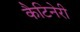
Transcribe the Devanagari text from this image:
कैटिनेरी